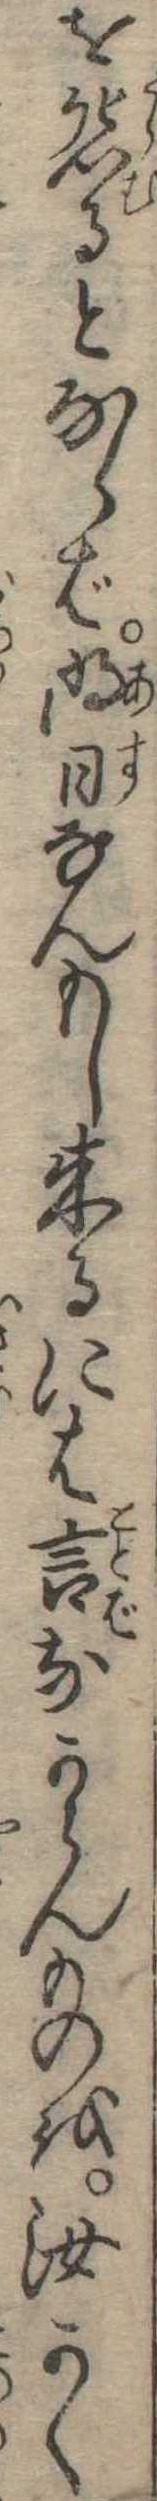
を怨るとならば明日なんもし来るには言なからんものを汝かく